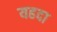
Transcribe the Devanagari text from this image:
यहदा